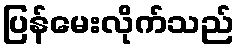
ပြန်မေးလိုက်သည်